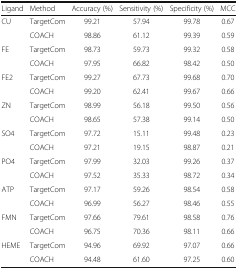
<table><thead><tr><td><b>Ligand</b></td><td><b>Method</b></td><td><b>Accuracy (%)</b></td><td><b>Sensitivity (%)</b></td><td><b>Specificity (%)</b></td><td><b>MCC</b></td></tr></thead><tbody><tr><td rowspan="2">CU</td><td>TargetCom</td><td>99.21</td><td>57.94</td><td>99.78</td><td>0.67</td></tr><tr><td>COACH</td><td>98.86</td><td>61.12</td><td>99.39</td><td>0.59</td></tr><tr><td rowspan="2">FE</td><td>TargetCom</td><td>98.73</td><td>59.73</td><td>99.32</td><td>0.58</td></tr><tr><td>COACH</td><td>97.95</td><td>66.82</td><td>98.42</td><td>0.50</td></tr><tr><td rowspan="2">FE2</td><td>TargetCom</td><td>99.27</td><td>67.73</td><td>99.68</td><td>0.70</td></tr><tr><td>COACH</td><td>99.20</td><td>62.41</td><td>99.67</td><td>0.66</td></tr><tr><td rowspan="2">ZN</td><td>TargetCom</td><td>98.99</td><td>56.18</td><td>99.50</td><td>0.56</td></tr><tr><td>COACH</td><td>98.65</td><td>57.38</td><td>99.14</td><td>0.50</td></tr><tr><td rowspan="2">SO4</td><td>TargetCom</td><td>97.72</td><td>15.11</td><td>99.48</td><td>0.23</td></tr><tr><td>COACH</td><td>97.21</td><td>19.15</td><td>98.87</td><td>0.21</td></tr><tr><td rowspan="2">PO4</td><td>TargetCom</td><td>97.99</td><td>32.03</td><td>99.26</td><td>0.37</td></tr><tr><td>COACH</td><td>97.52</td><td>35.33</td><td>98.72</td><td>0.34</td></tr><tr><td rowspan="2">ATP</td><td>TargetCom</td><td>97.17</td><td>59.26</td><td>98.54</td><td>0.58</td></tr><tr><td>COACH</td><td>96.99</td><td>56.27</td><td>98.46</td><td>0.55</td></tr><tr><td rowspan="2">FMN</td><td>TargetCom</td><td>97.66</td><td>79.61</td><td>98.58</td><td>0.76</td></tr><tr><td>COACH</td><td>96.75</td><td>70.36</td><td>98.11</td><td>0.66</td></tr><tr><td rowspan="2">HEME</td><td>TargetCom</td><td>94.96</td><td>69.92</td><td>97.07</td><td>0.66</td></tr><tr><td>COACH</td><td>94.48</td><td>61.60</td><td>97.25</td><td>0.60</td></tr></tbody></table>